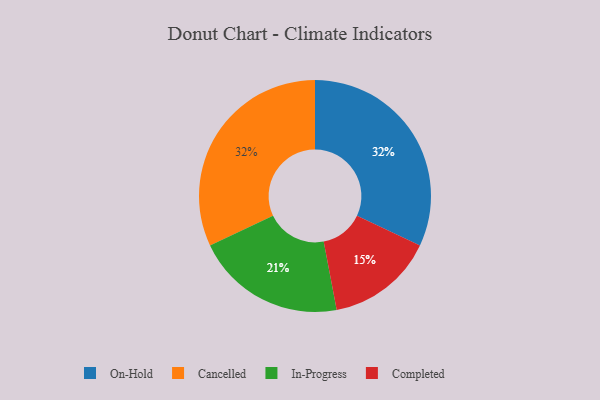
{"axis": {"x": "Category", "y": "Percentage"}, "legend": ["Cancelled", "Completed", "In-Progress", "On-Hold"], "data": [{"x": "On-Hold", "y": 32, "type": "On-Hold"}, {"x": "Completed", "y": 15, "type": "Completed"}, {"x": "In-Progress", "y": 21, "type": "In-Progress"}, {"x": "Cancelled", "y": 32, "type": "Cancelled"}]}